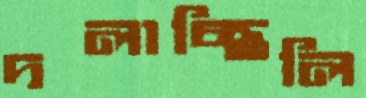
দলাচ্ছিলি